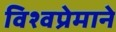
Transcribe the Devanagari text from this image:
विश्वप्रेमाने